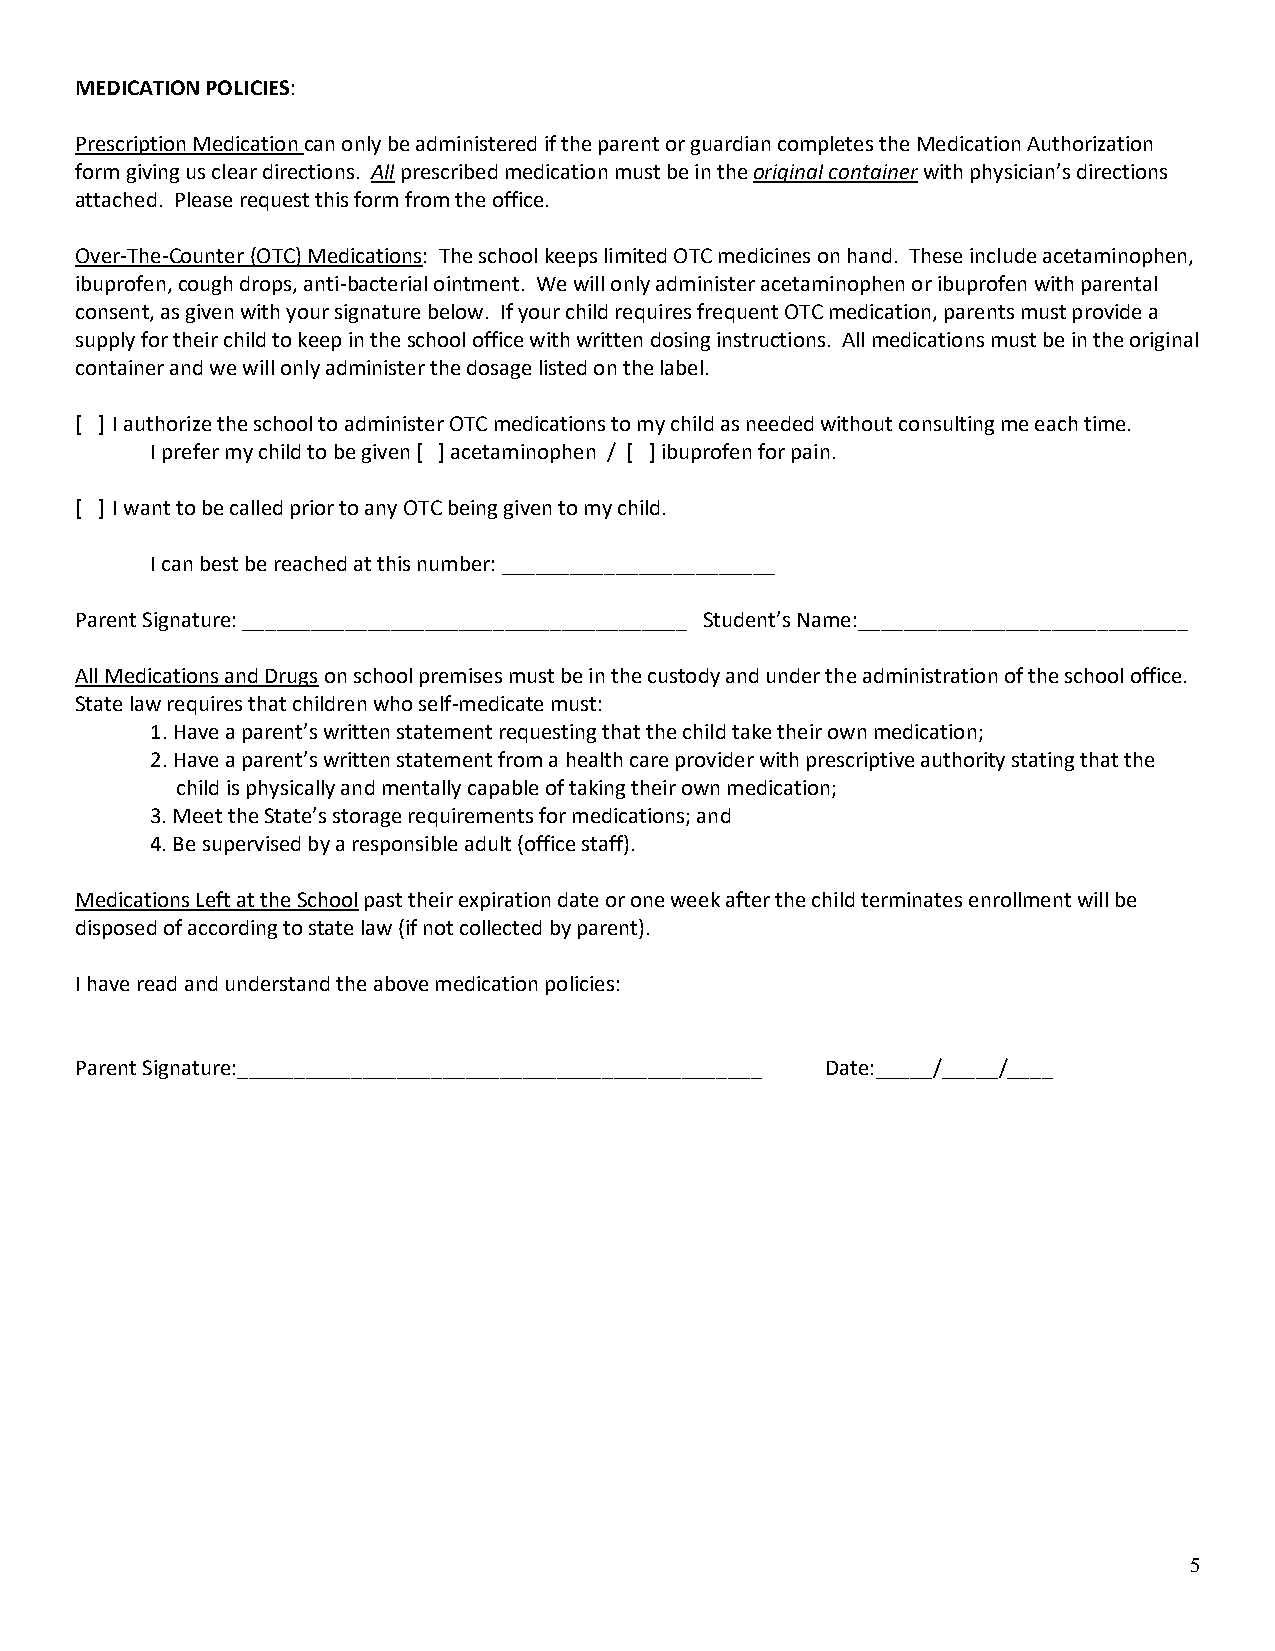
MEDICATION POLICIES:
 Prescription Medication can only be administered if the parent or guardian completes the Medication Authorization
 form giving us clear directions. All prescribed medication must be in the original container with physician’s directions
 attached. Please request this form from the office.
 Over-The-Counter (OTC) Medications: The school keeps limited OTC medicines on hand. These include acetaminophen,
 ibuprofen, cough drops, anti-bacterial ointment. We will only administer acetaminophen or ibuprofen with parental
 consent, as given with your signature below. If your child requires frequent OTC medication, parents must provide a
 supply for their child to keep in the school office with written dosing instructions. All medications must be in the original
 container and we will only administer the dosage listed on the label.
 [ ] I authorize the school to administer OTC medications to my child as needed without consulting me each time.
 I prefer my child to be given [ ] acetaminophen / [ ] ibuprofen for pain.
 [ ] I want to be called prior to any OTC being given to my child.
 I can best be reached at this number: ________________________
 Parent Signature: _______________________________________ Student’s Name:_____________________________
 All Medications and Drugs on school premises must be in the custody and under the administration of the school office.
 State law requires that children who self-medicate must:
 1. Have a parent’s written statement requesting that the child take their own medication;
 2. Have a parent’s written statement from a health care provider with prescriptive authority stating that the
 child is physically and mentally capable of taking their own medication;
 3. Meet the State’s storage requirements for medications; and
 4. Be supervised by a responsible adult (office staff).
 Medications Left at the School past their expiration date or one week after the child terminates enrollment will be
 disposed of according to state law (if not collected by parent).
 I have read and understand the above medication policies:
 Parent Signature:______________________________________________ Date:_____/_____/____
 5